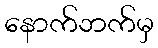
နောက်ဘက်မှ